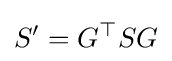
S'=G^{\top }SG